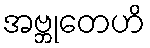
အဗ္ဘုတေဟိ